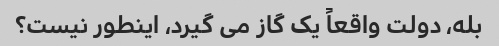
بله، دولت واقعاً یک گاز می گیرد، اینطور نیست؟